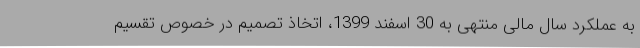
به عملکرد سال مالی منتهی به 30 اسفند 1399، اتخاذ تصمیم در خصوص تقسیم